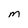
Character: M